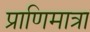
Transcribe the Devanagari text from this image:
प्राणिमात्रा